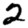
Digit: 2